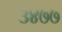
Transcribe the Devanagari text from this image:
३४७७